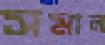
সমাল